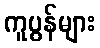
ကူပွန်များ